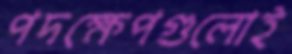
পদক্ষেপগুলোই